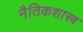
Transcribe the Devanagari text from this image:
नैतिकशास्त्र